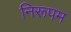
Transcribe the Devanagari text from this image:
निरूपम